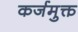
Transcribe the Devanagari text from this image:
कर्जमुक्त